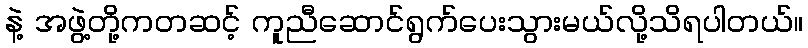
နဲ့ အဖွဲ့တို့ကတဆင့် ကူညီဆောင်ရွက်ပေးသွားမယ်လို့သိရပါတယ်။